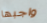
واجبها